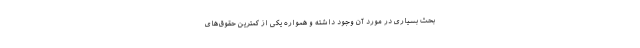
بحث بسیاری در مورد آن وجود داشته و همواره یکی از کمترین حقوق‌های